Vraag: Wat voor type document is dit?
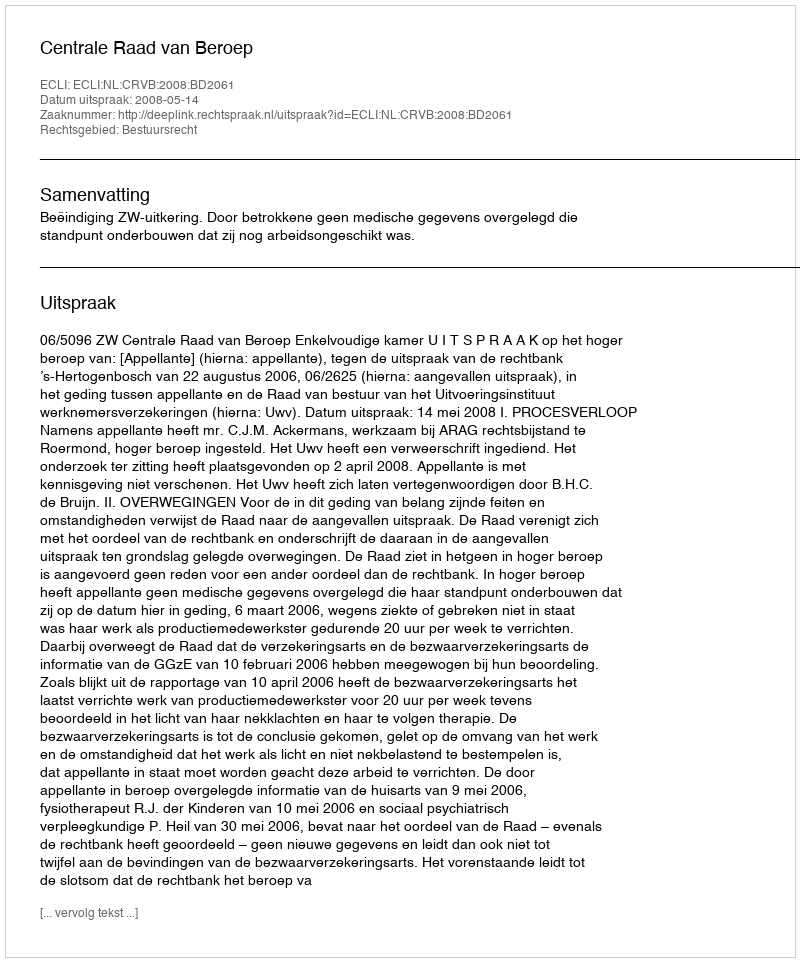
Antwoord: Uitspraak